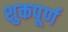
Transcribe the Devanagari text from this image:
शुकपूर्ण